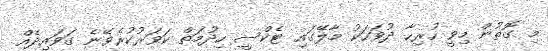
މި ގޮތުން މިވީ ހުރިހާ ދުވަހަކު މާލޭގައި ޓެކްސީ ހިދުމަތް ކަވަރުކުރެވޭނެ ގަވައިދެއް